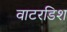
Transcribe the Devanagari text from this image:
वाटरडिश